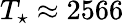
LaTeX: T_{\star}\approx 2566